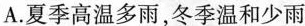
A.夏季高温多雨，冬季温和少雨